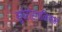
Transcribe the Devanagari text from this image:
सुपेरोर्गानिस्म